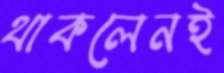
থাকলেনই